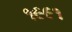
૧૯૯૧